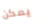
يمكن